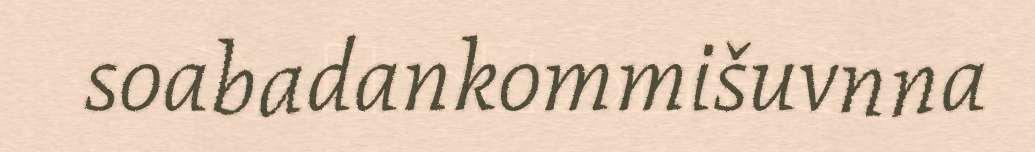
soabadankommišuvnna